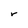
Character: r